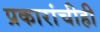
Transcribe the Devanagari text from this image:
प्रकारांचीही